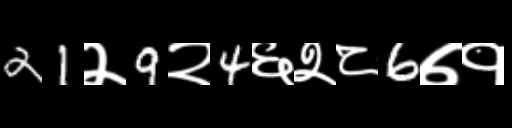
Text: 21२9२4६२८6७१